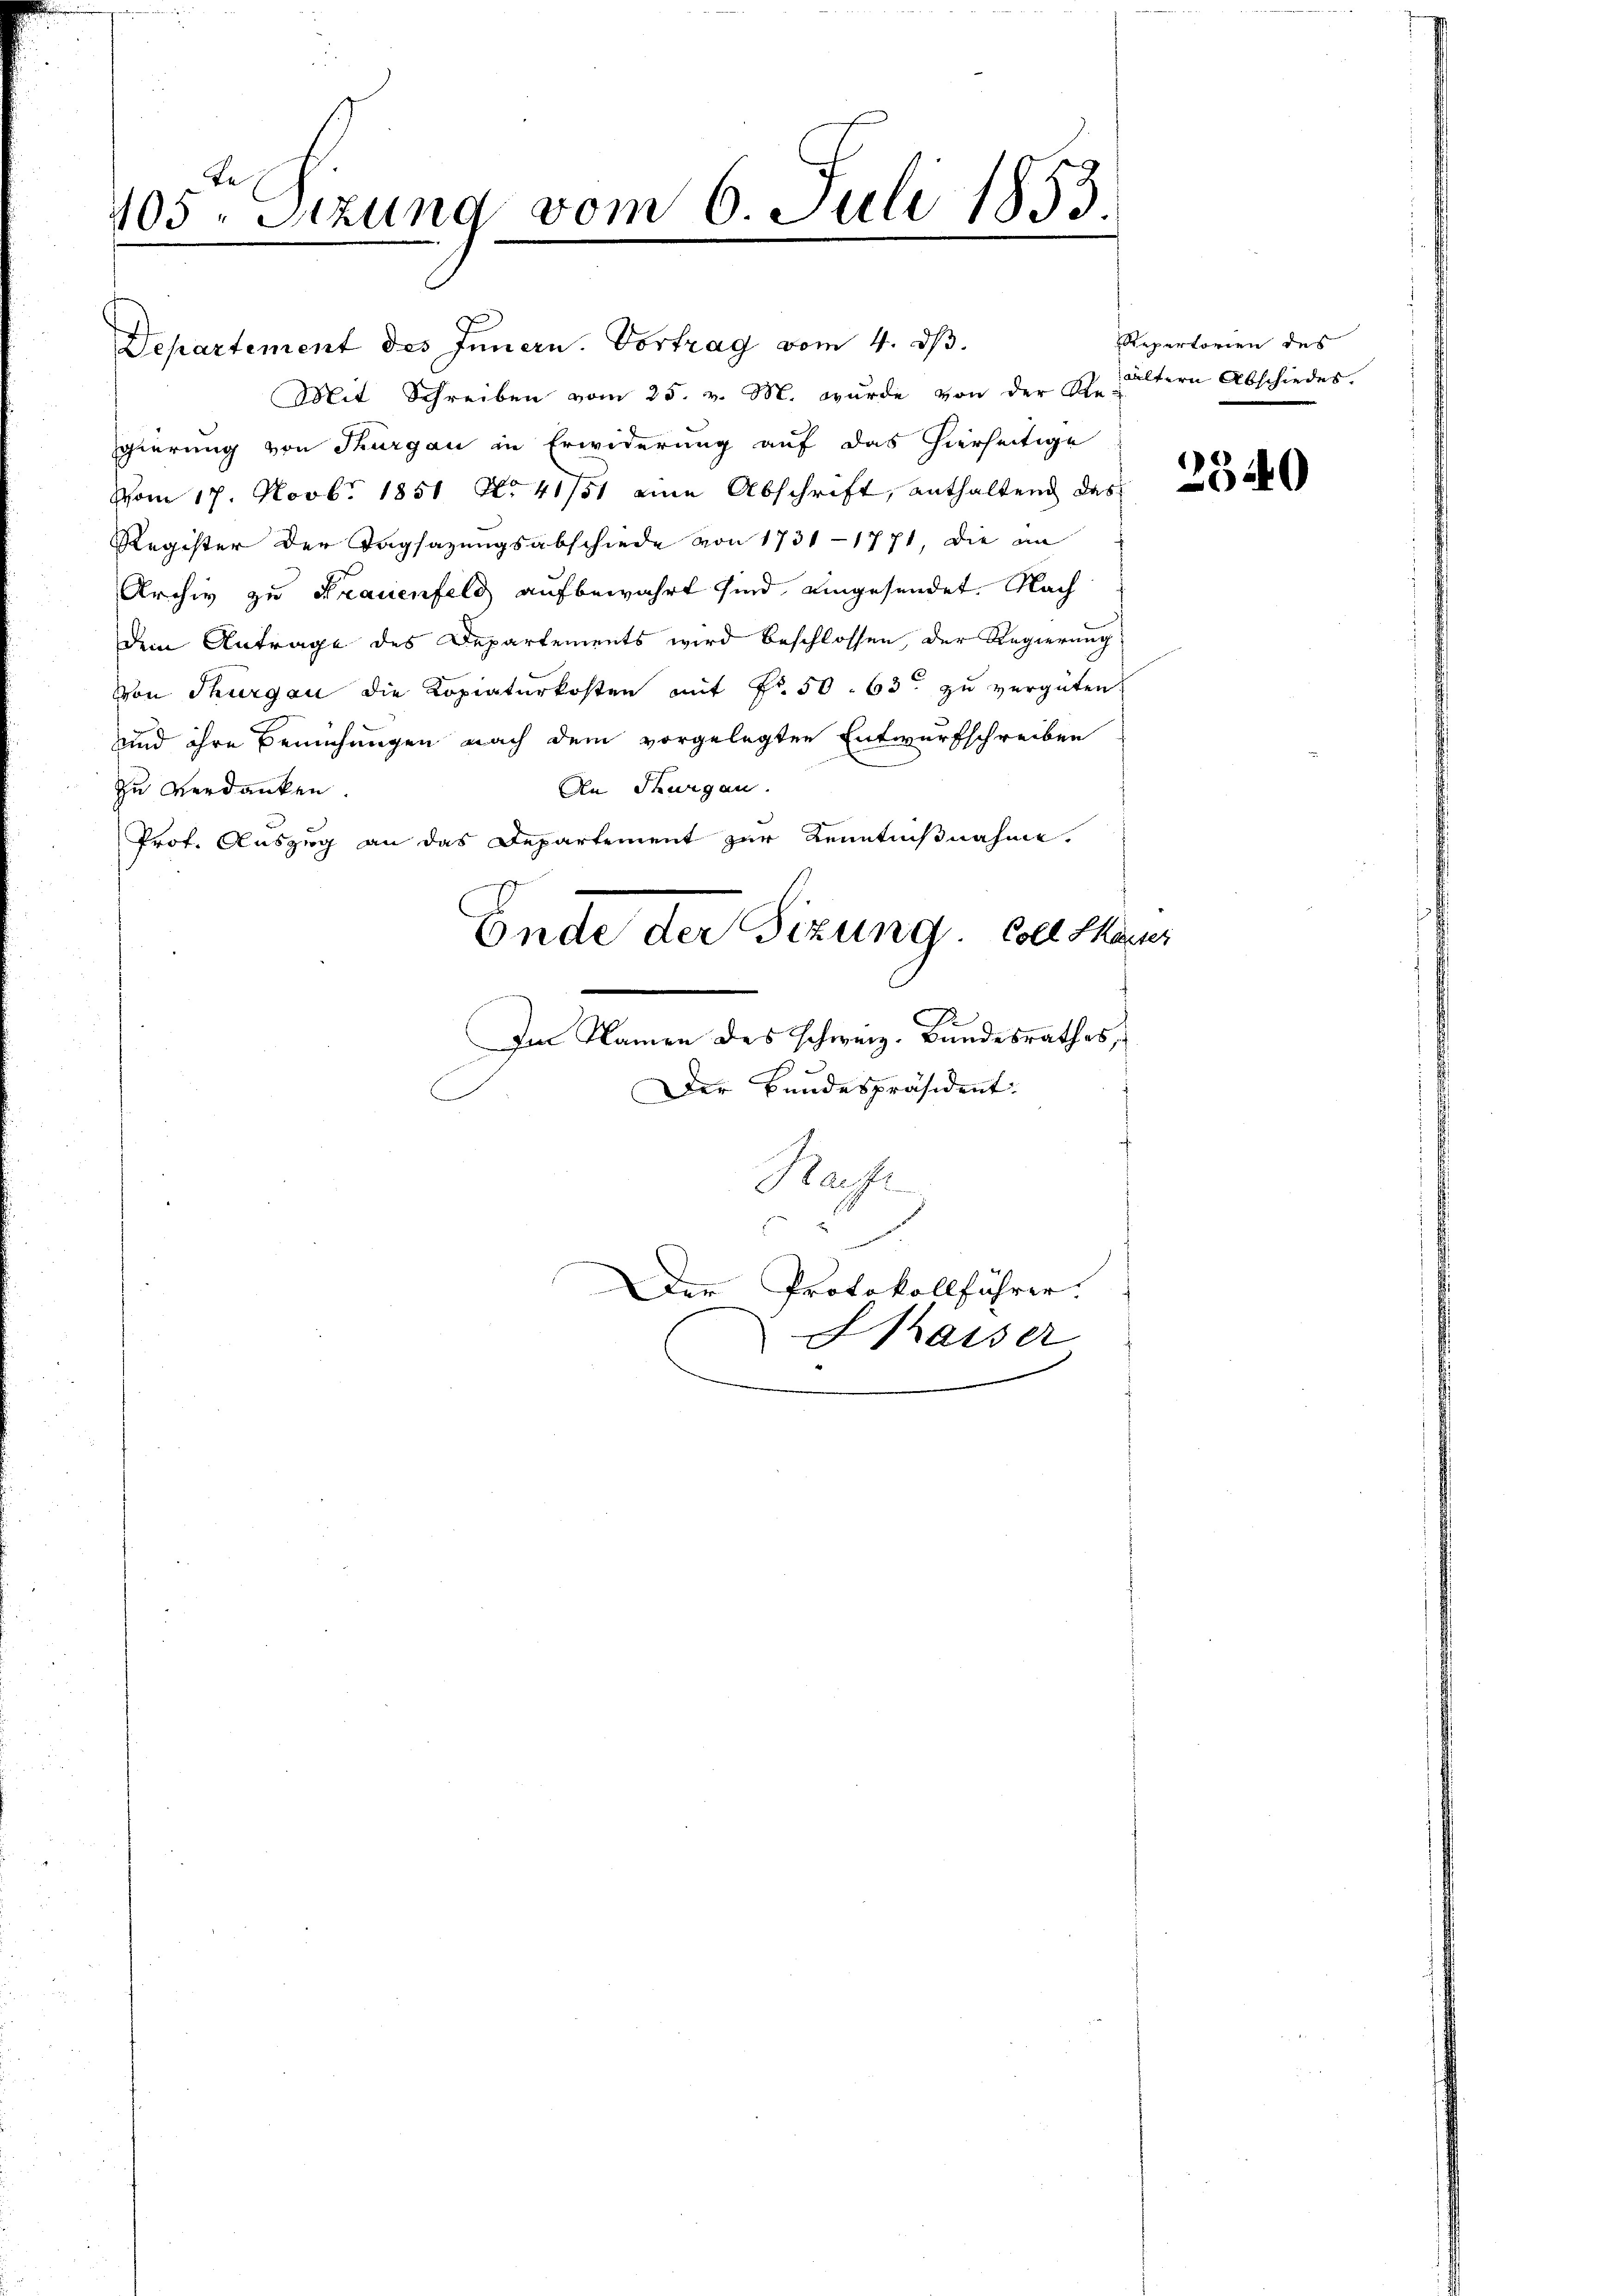
105. Sitzung vom 6. Juli 1853.

Departement des Innern. Vortrag vom 4. dβ.
Mit Schreiben vom 25. v. M. wurde von der Ehe ältern Abschiedes.
gierung von Thurgau in Erwiderung auf das hierseitige
Vom 17. Novbr. 1851 No 41751 eine Abschrift, enthaltend das
Register der Tagsazungsabschiede von 1731-1771 die an
Archiv zu Frauenfeld aufbewahrt sind, eingesendet. Nach
dem Antrage des Departements wird beschlossen, der Regierung
Von Thurgau die Kopiaturkosten mit Fr. 50. 63 zu vergüten
und ihre Bemühungen nach dem vorgelegten Entwurfschreiben
An Thurgau.
zu Verdanken
Prof. Auszug an das Departement zur Kenntnißnahme.
Ende der Sizung. Coll Sarus
Im Namen des schweiz. Bundesrathes,
Der Bundespräsident:
Hufe
c

Der Protokollführer.
Chaiser

Repertorien des

2340